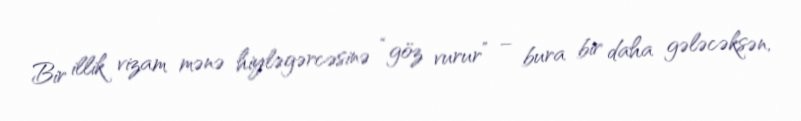
Bir illik vizam mənə hiyləgərcəsinə “göz vurur” – bura bir daha gələcəksən,